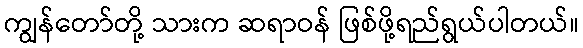
ကျွန်တော်တို့ သားက ဆရာဝန် ဖြစ်ဖို့ရည်ရွယ်ပါတယ်။